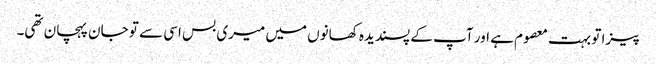
پیزا تو بہت معصوم ہے اور آپ کے پسندیدہ کھانوں میں میری بس اسی سے تو جان پہچان تھی۔